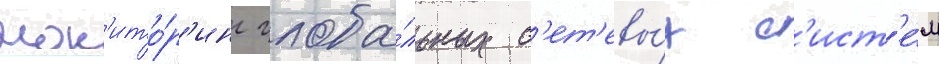
мон'ито́р'инг глоба́льных с'ет'евы́х с'ист'е́м